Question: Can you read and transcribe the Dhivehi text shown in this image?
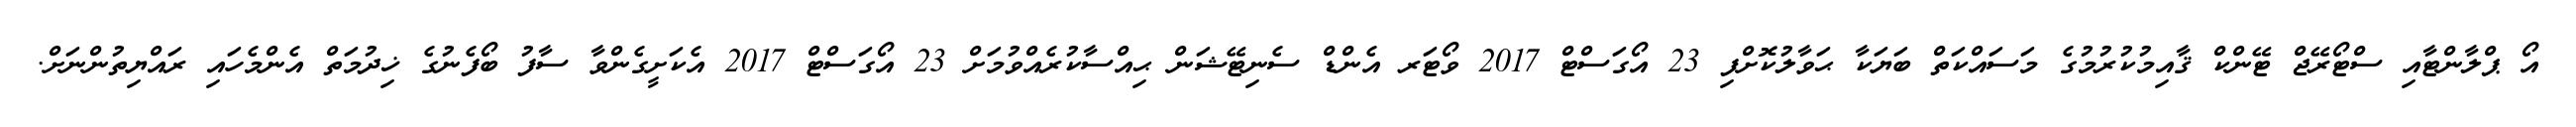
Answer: އޯ ޕްލާންޓާއި ސްޓޯރޭޖް ޓޭންކް ޤާއިމުކުރުމުގެ މަސައްކަތް ބަޔަކާ ޙަވާލުކޮށްފި 23 އޯގަސްޓް 2017 ވޯޓަރ އެންޑް ސެނިޓޭޝަން ޙިއްސާކުރެއްވުމަށް 23 އޯގަސްޓް 2017 އެކަށީގެންވާ ސާފު ބޯފެނުގެ ޚިދުމަތް އެންމެހައި ރައްޔިތުންނަށް.